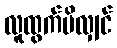
လူထွက်မိလျှင်